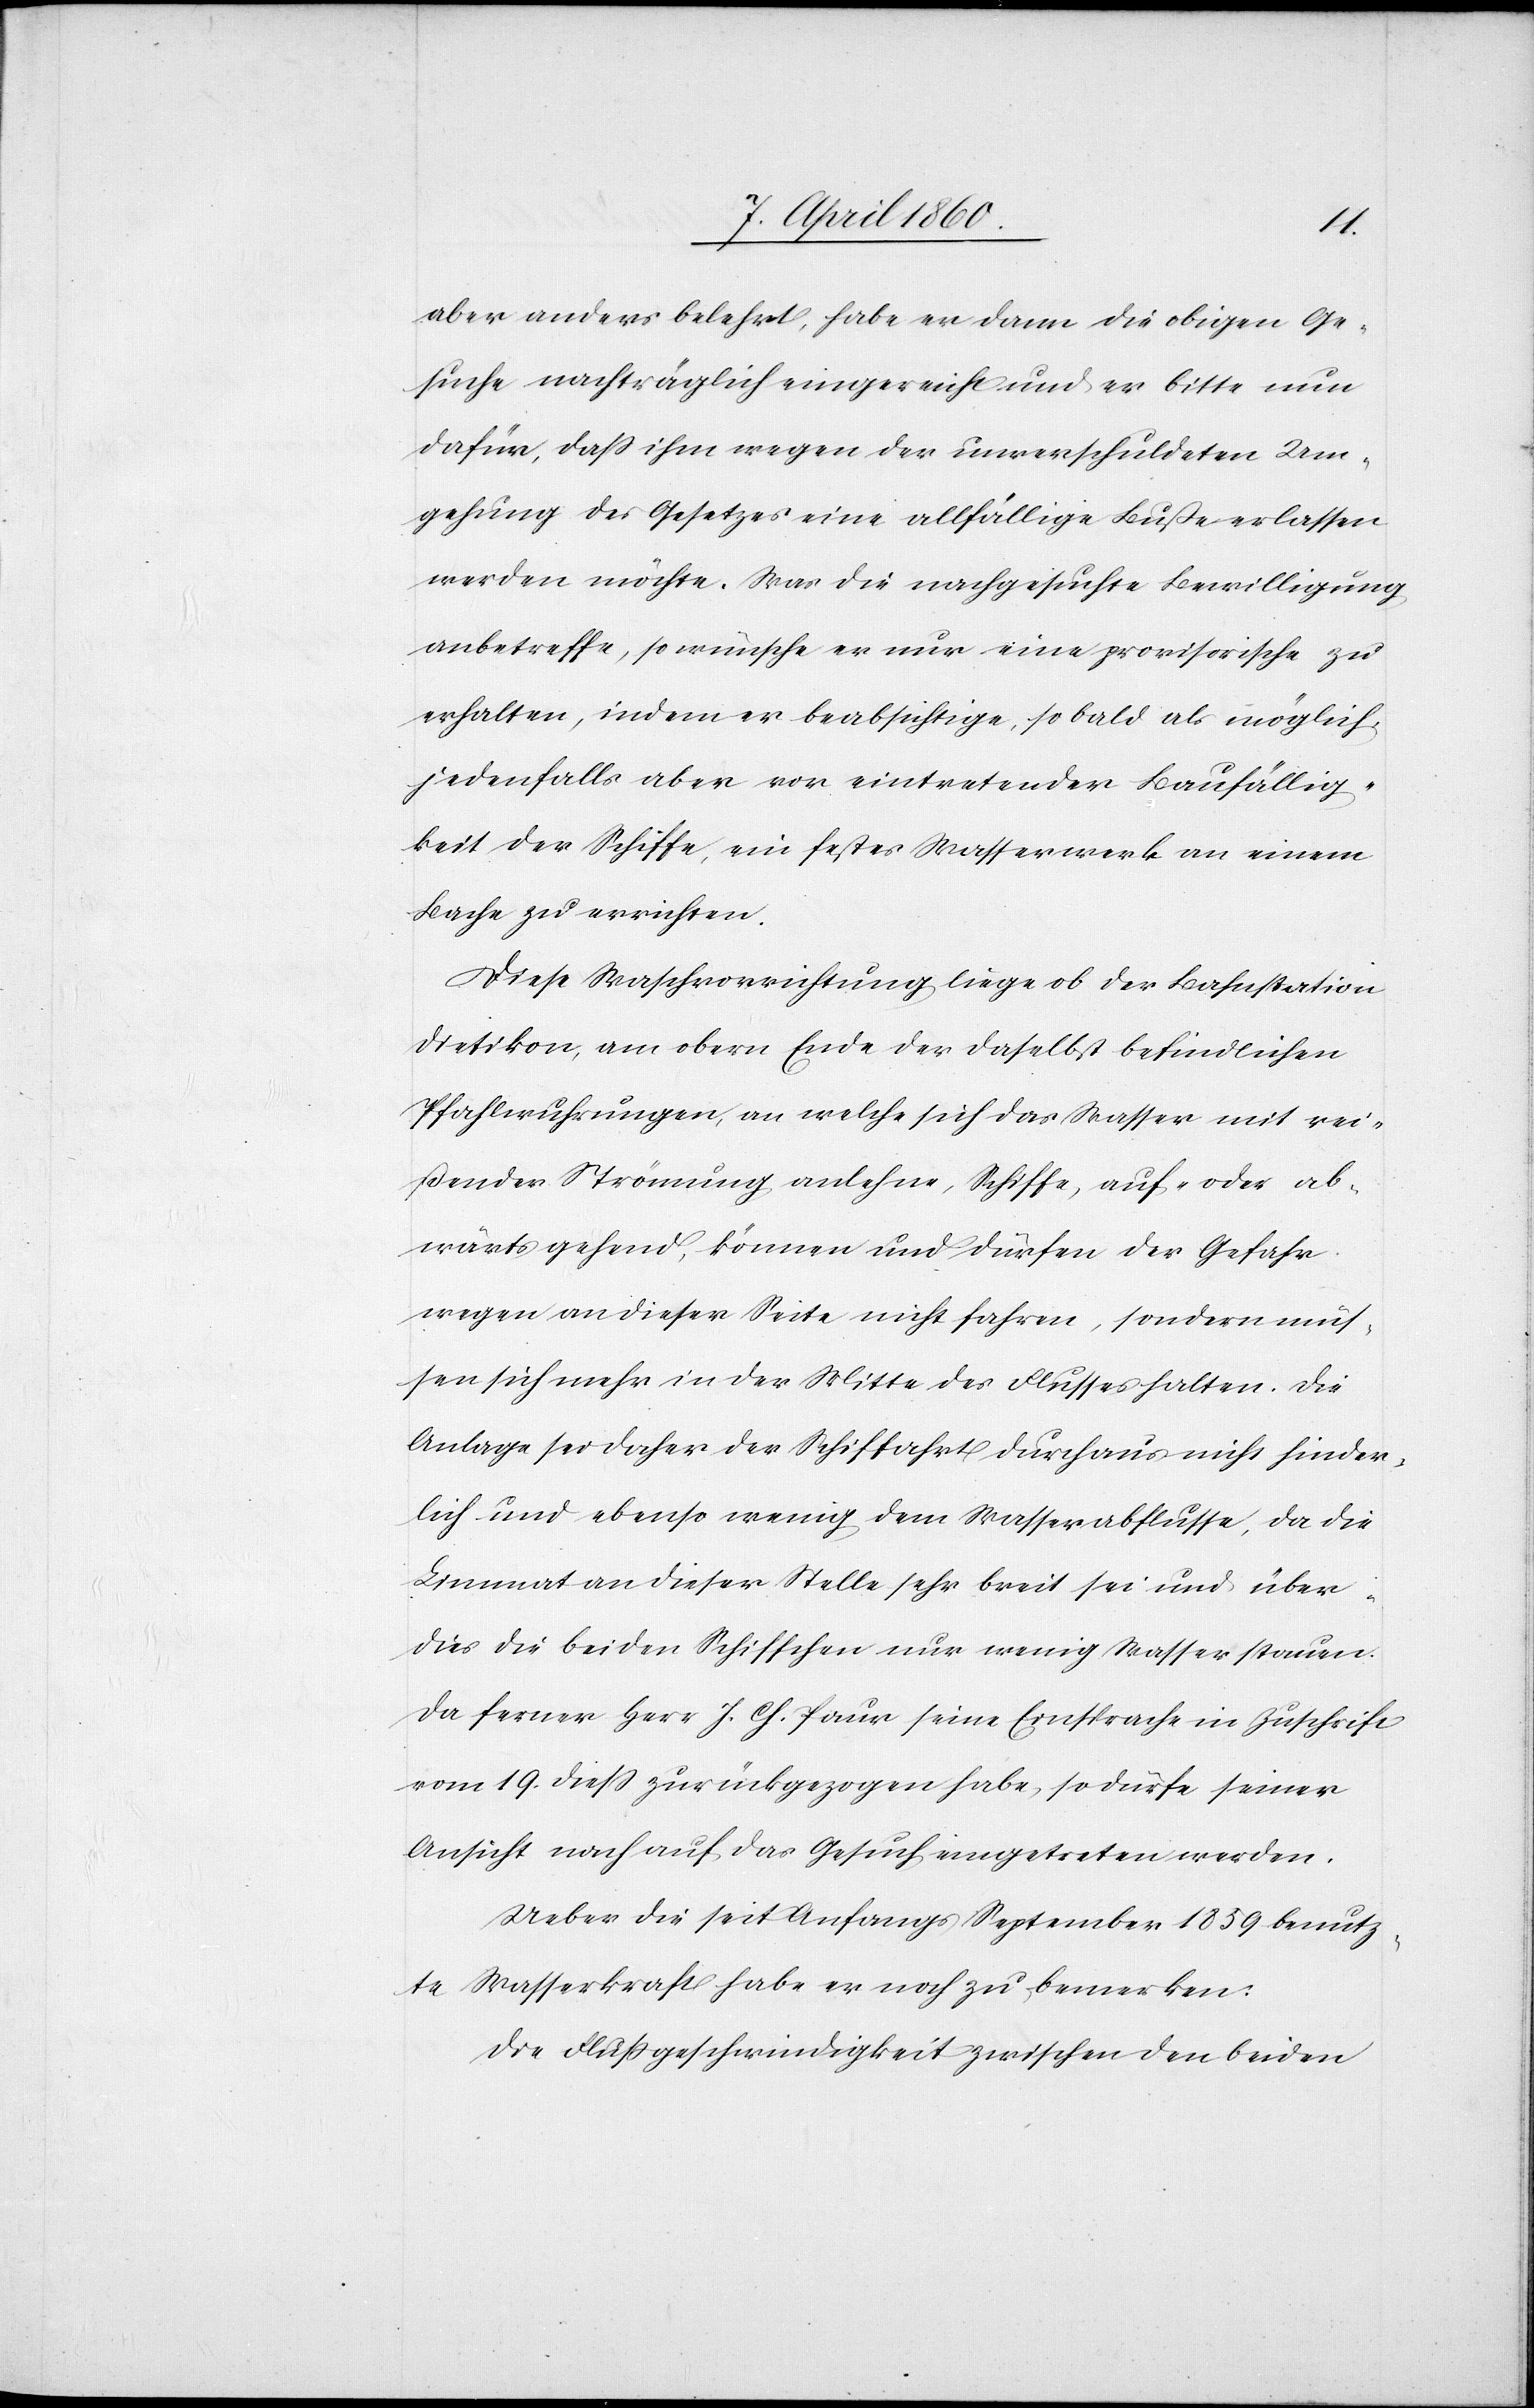
aber anders belehrt, habe er dann die obigen Ge¬
suche nachträglich eingereicht und er bitte nun
dafür, dass ihm wegen der unverschuldeten Um¬
gehung des Gesetzes eine allfällige Busse erlassen
werden möchte. Was die nachgesuchte Bewilligung
anbetreffe, so wünsche er nur eine provisorische zu
erhalten, indem er beabsichtige, so bald als möglich
jedenfalls aber vor eintretender Baufällig¬
keit der Schiffe, ein festes Wasserwerk an einem
Bache zu errichten.
Diese Waschvorrichtung liege ob der Bahnstation
Dietikon, am obern Ende der daselbst befindlichen
Pfahlwuhrungen, an welche sich das Wasser mit rei¬
ßender Strömung anlehne, Schiffe, auf- oder ab¬
wärts gehend, können und dürfen der Gefahr
wegen an dieser Seite nicht fahren, sondern müs¬
sen sich mehr in der Mitte des Flusses halten. Die
Anlage sei daher der Schiffahrt durchaus nicht hinder¬
lich und ebenso wenig dem Wasserabflusse, da die
Limmat an dieser Stelle sehr breit sei und über
dies die beiden Schiffchen nur wenig Wasser stauen.
Da ferner Herr J. Ch. Paur seine Einsprache in Zuschrift
vom 19. diess zurückgezogen habe, so dürfe seiner
Ansicht nach auf das Gesuch eingetreten werden.
Ueber die seit Anfangs September 1859 benutz¬
te Wasserkraft habe er noch zu bemerken:
Die Flussgeschwindigkeit zwischen den beiden